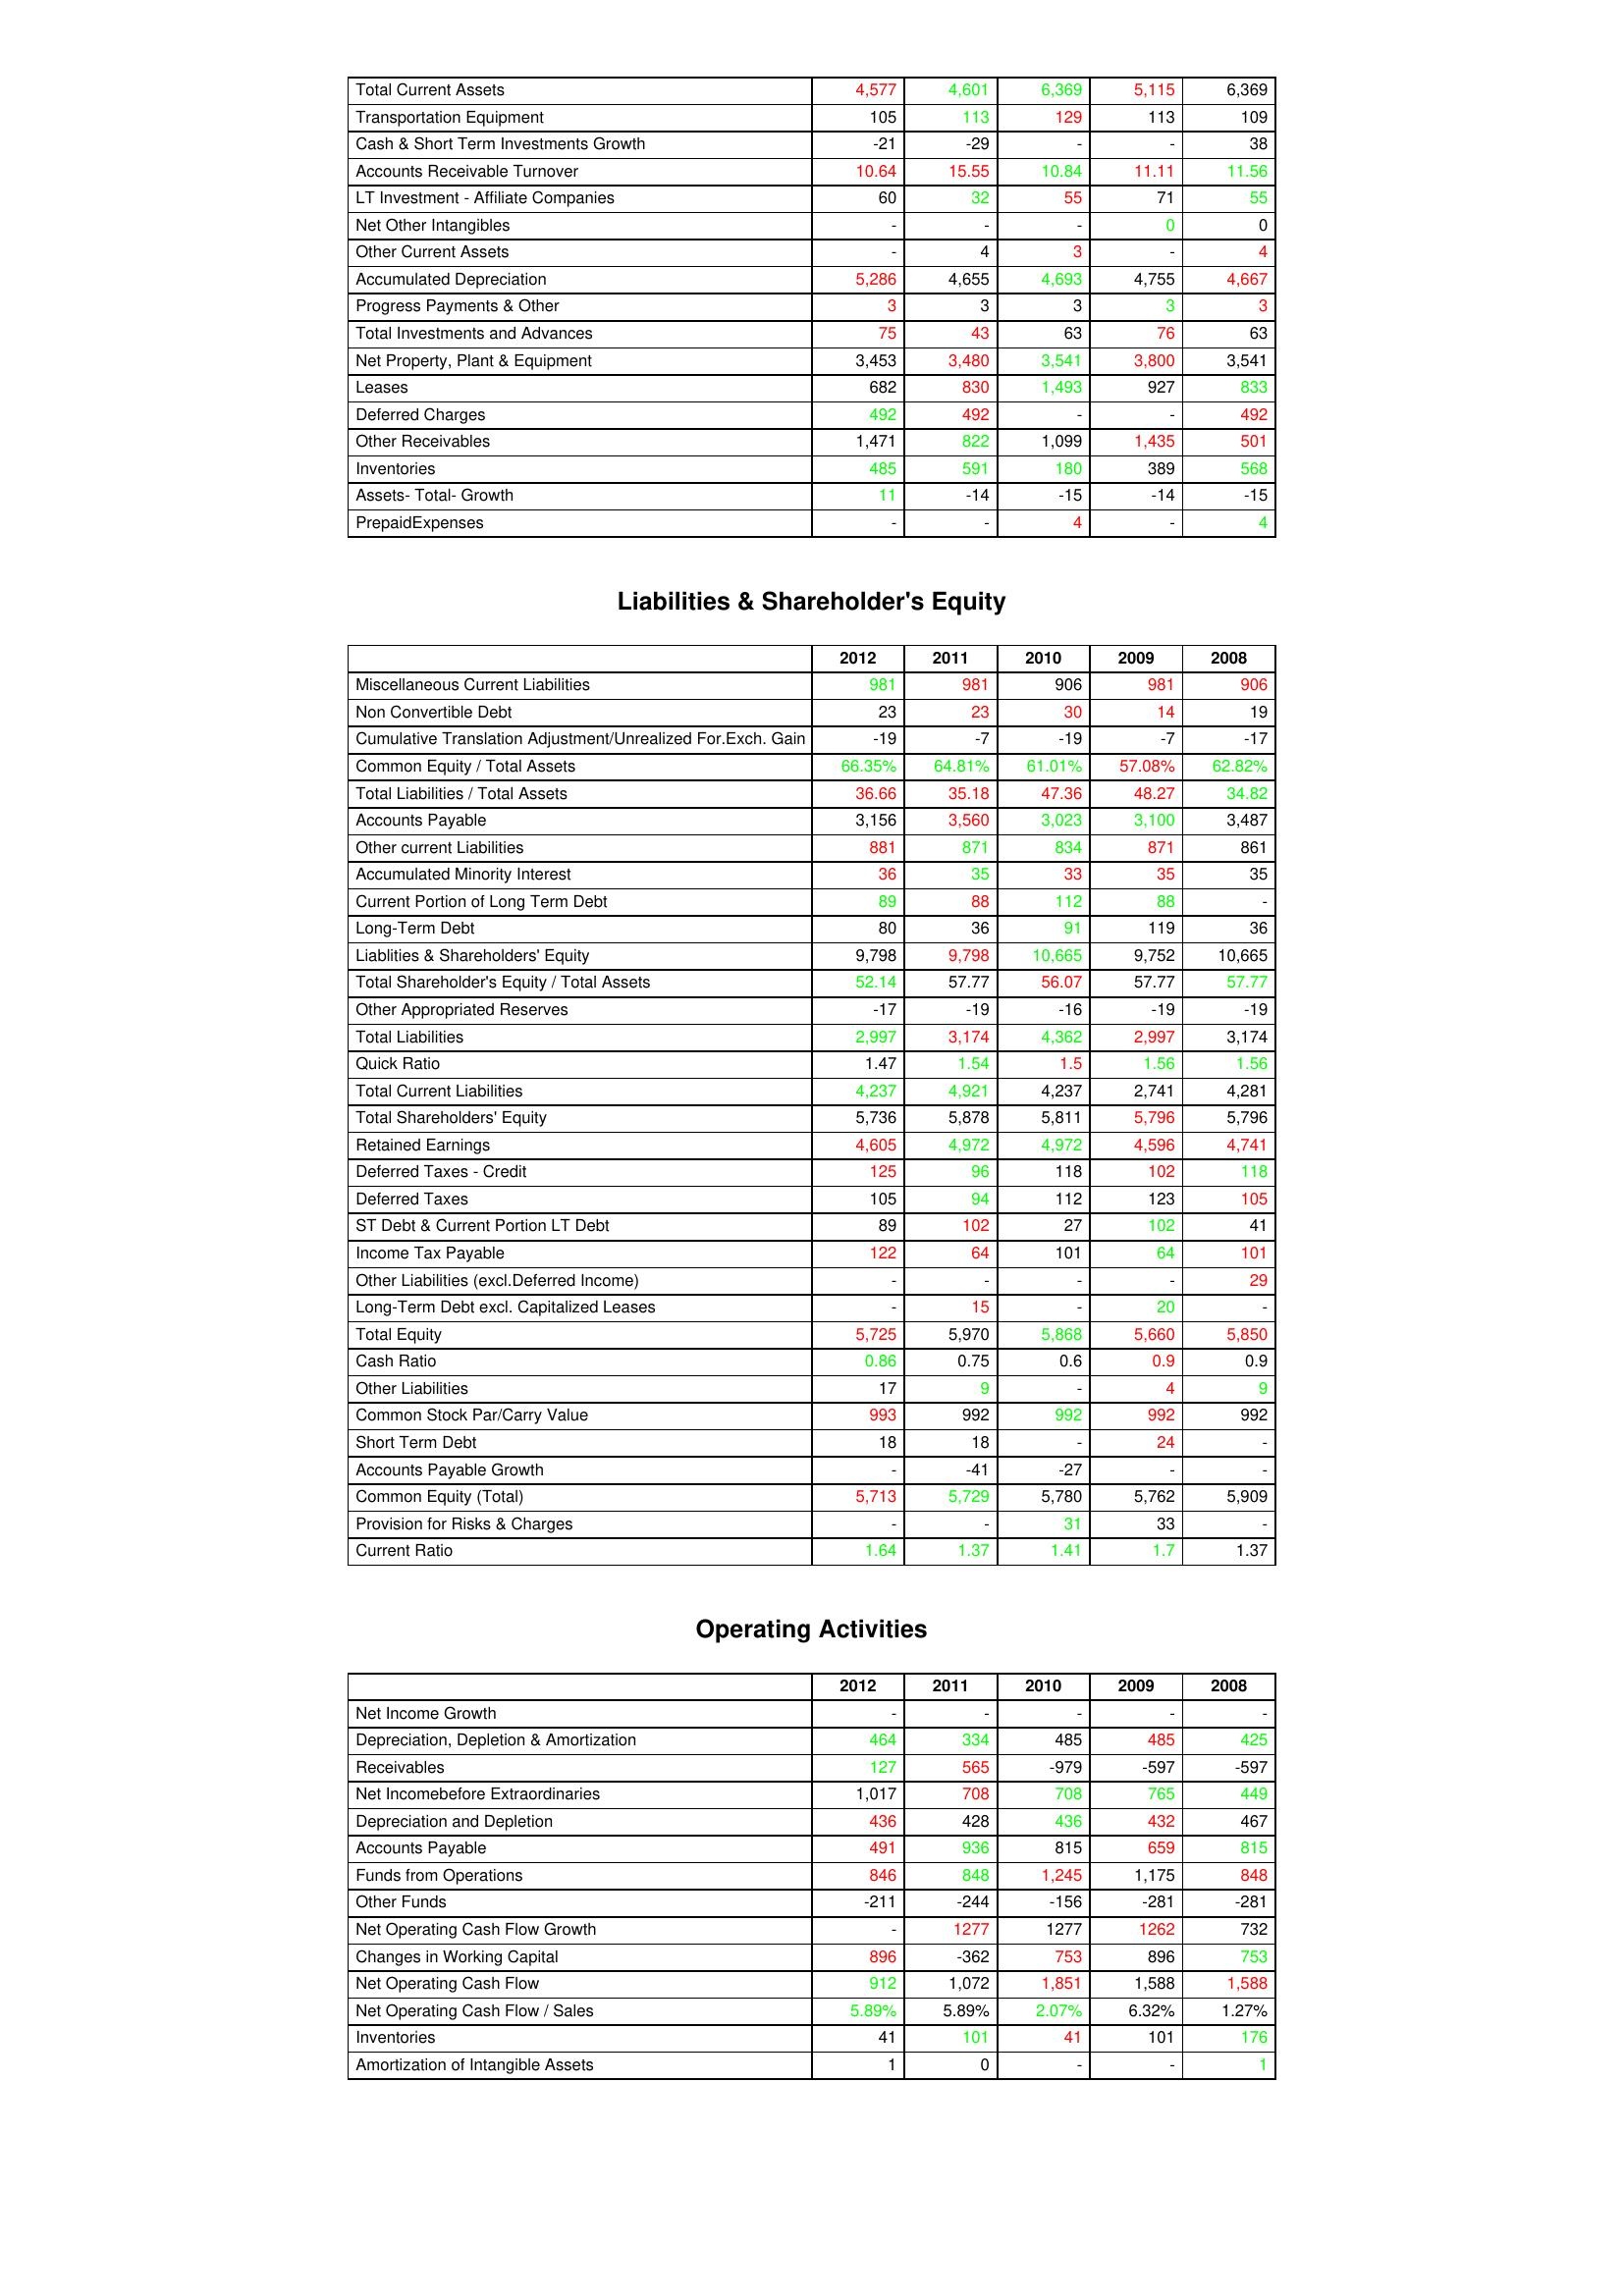
gt_parse: 2012: Assets: Total Current Assets: 4,577
Transportation Equipment: 105
Cash & Short Term Investments Growth: -21
Accounts Receivable Turnover: 10.64
LT Investment - Affiliate Companies: 60
Net Other Intangibles: -
Other Current Assets: -
Accumulated Depreciation: 5,286
Progress Payments & Other: 3
Total Investments and Advances: 75
Net Property, Plant & Equipment: 3,453
Leases: 682
Deferred Charges: 492
Other Receivables: 1,471
Inventories: 485
Assets- Total- Growth: 11
PrepaidExpenses: -
Liabilities & Shareholder's Equity: Miscellaneous Current Liabilities: 981
Non Convertible Debt: 23
Cumulative Translation Adjustment/Unrealized For.Exch. Gain: -19
Common Equity / Total Assets: 66.35%
Total Liabilities / Total Assets: 36.66
Accounts Payable: 3,156
Other current Liabilities: 881
Accumulated Minority Interest: 36
Current Portion of Long Term Debt: 89
Long-Term Debt: 80
Liablities & Shareholders' Equity: 9,798
Total Shareholder's Equity / Total Assets: 52.14
Other Appropriated Reserves: -17
Total Liabilities: 2,997
Quick Ratio: 1.47
Total Current Liabilities: 4,237
Total Shareholders' Equity: 5,736
Retained Earnings: 4,605
Deferred Taxes - Credit: 125
Deferred Taxes: 105
ST Debt & Current Portion LT Debt: 89
Income Tax Payable: 122
Other Liabilities (excl.Deferred Income): -
Long-Term Debt excl. Capitalized Leases: -
Total Equity: 5,725
Cash Ratio: 0.86
Other Liabilities: 17
Common Stock Par/Carry Value: 993
Short Term Debt: 18
Accounts Payable Growth: -
Common Equity (Total): 5,713
Provision for Risks & Charges: -
Current Ratio: 1.64
Operating Activities: Net Income Growth: -
Depreciation, Depletion & Amortization: 464
Receivables: 127
Net Incomebefore Extraordinaries: 1,017
Depreciation and Depletion: 436
Accounts Payable: 491
Funds from Operations: 846
Other Funds: -211
Net Operating Cash Flow Growth: -
Changes in Working Capital: 896
Net Operating Cash Flow: 912
Net Operating Cash Flow / Sales: 5.89%
Inventories: 41
Amortization of Intangible Assets: 1
2011: Assets: Total Current Assets: 4,601
Transportation Equipment: 113
Cash & Short Term Investments Growth: -29
Accounts Receivable Turnover: 15.55
LT Investment - Affiliate Companies: 32
Net Other Intangibles: -
Other Current Assets: 4
Accumulated Depreciation: 4,655
Progress Payments & Other: 3
Total Investments and Advances: 43
Net Property, Plant & Equipment: 3,480
Leases: 830
Deferred Charges: 492
Other Receivables: 822
Inventories: 591
Assets- Total- Growth: -14
PrepaidExpenses: -
Liabilities & Shareholder's Equity: Miscellaneous Current Liabilities: 981
Non Convertible Debt: 23
Cumulative Translation Adjustment/Unrealized For.Exch. Gain: -7
Common Equity / Total Assets: 64.81%
Total Liabilities / Total Assets: 35.18
Accounts Payable: 3,560
Other current Liabilities: 871
Accumulated Minority Interest: 35
Current Portion of Long Term Debt: 88
Long-Term Debt: 36
Liablities & Shareholders' Equity: 9,798
Total Shareholder's Equity / Total Assets: 57.77
Other Appropriated Reserves: -19
Total Liabilities: 3,174
Quick Ratio: 1.54
Total Current Liabilities: 4,921
Total Shareholders' Equity: 5,878
Retained Earnings: 4,972
Deferred Taxes - Credit: 96
Deferred Taxes: 94
ST Debt & Current Portion LT Debt: 102
Income Tax Payable: 64
Other Liabilities (excl.Deferred Income): -
Long-Term Debt excl. Capitalized Leases: 15
Total Equity: 5,970
Cash Ratio: 0.75
Other Liabilities: 9
Common Stock Par/Carry Value: 992
Short Term Debt: 18
Accounts Payable Growth: -41
Common Equity (Total): 5,729
Provision for Risks & Charges: -
Current Ratio: 1.37
Operating Activities: Net Income Growth: -
Depreciation, Depletion & Amortization: 334
Receivables: 565
Net Incomebefore Extraordinaries: 708
Depreciation and Depletion: 428
Accounts Payable: 936
Funds from Operations: 848
Other Funds: -244
Net Operating Cash Flow Growth: 1277
Changes in Working Capital: -362
Net Operating Cash Flow: 1,072
Net Operating Cash Flow / Sales: 5.89%
Inventories: 101
Amortization of Intangible Assets: 0
2010: Assets: Total Current Assets: 6,369
Transportation Equipment: 129
Cash & Short Term Investments Growth: -
Accounts Receivable Turnover: 10.84
LT Investment - Affiliate Companies: 55
Net Other Intangibles: -
Other Current Assets: 3
Accumulated Depreciation: 4,693
Progress Payments & Other: 3
Total Investments and Advances: 63
Net Property, Plant & Equipment: 3,541
Leases: 1,493
Deferred Charges: -
Other Receivables: 1,099
Inventories: 180
Assets- Total- Growth: -15
PrepaidExpenses: 4
Liabilities & Shareholder's Equity: Miscellaneous Current Liabilities: 906
Non Convertible Debt: 30
Cumulative Translation Adjustment/Unrealized For.Exch. Gain: -19
Common Equity / Total Assets: 61.01%
Total Liabilities / Total Assets: 47.36
Accounts Payable: 3,023
Other current Liabilities: 834
Accumulated Minority Interest: 33
Current Portion of Long Term Debt: 112
Long-Term Debt: 91
Liablities & Shareholders' Equity: 10,665
Total Shareholder's Equity / Total Assets: 56.07
Other Appropriated Reserves: -16
Total Liabilities: 4,362
Quick Ratio: 1.5
Total Current Liabilities: 4,237
Total Shareholders' Equity: 5,811
Retained Earnings: 4,972
Deferred Taxes - Credit: 118
Deferred Taxes: 112
ST Debt & Current Portion LT Debt: 27
Income Tax Payable: 101
Other Liabilities (excl.Deferred Income): -
Long-Term Debt excl. Capitalized Leases: -
Total Equity: 5,868
Cash Ratio: 0.6
Other Liabilities: -
Common Stock Par/Carry Value: 992
Short Term Debt: -
Accounts Payable Growth: -27
Common Equity (Total): 5,780
Provision for Risks & Charges: 31
Current Ratio: 1.41
Operating Activities: Net Income Growth: -
Depreciation, Depletion & Amortization: 485
Receivables: -979
Net Incomebefore Extraordinaries: 708
Depreciation and Depletion: 436
Accounts Payable: 815
Funds from Operations: 1,245
Other Funds: -156
Net Operating Cash Flow Growth: 1277
Changes in Working Capital: 753
Net Operating Cash Flow: 1,851
Net Operating Cash Flow / Sales: 2.07%
Inventories: 41
Amortization of Intangible Assets: -
2009: Assets: Total Current Assets: 5,115
Transportation Equipment: 113
Cash & Short Term Investments Growth: -
Accounts Receivable Turnover: 11.11
LT Investment - Affiliate Companies: 71
Net Other Intangibles: 0
Other Current Assets: -
Accumulated Depreciation: 4,755
Progress Payments & Other: 3
Total Investments and Advances: 76
Net Property, Plant & Equipment: 3,800
Leases: 927
Deferred Charges: -
Other Receivables: 1,435
Inventories: 389
Assets- Total- Growth: -14
PrepaidExpenses: -
Liabilities & Shareholder's Equity: Miscellaneous Current Liabilities: 981
Non Convertible Debt: 14
Cumulative Translation Adjustment/Unrealized For.Exch. Gain: -7
Common Equity / Total Assets: 57.08%
Total Liabilities / Total Assets: 48.27
Accounts Payable: 3,100
Other current Liabilities: 871
Accumulated Minority Interest: 35
Current Portion of Long Term Debt: 88
Long-Term Debt: 119
Liablities & Shareholders' Equity: 9,752
Total Shareholder's Equity / Total Assets: 57.77
Other Appropriated Reserves: -19
Total Liabilities: 2,997
Quick Ratio: 1.56
Total Current Liabilities: 2,741
Total Shareholders' Equity: 5,796
Retained Earnings: 4,596
Deferred Taxes - Credit: 102
Deferred Taxes: 123
ST Debt & Current Portion LT Debt: 102
Income Tax Payable: 64
Other Liabilities (excl.Deferred Income): -
Long-Term Debt excl. Capitalized Leases: 20
Total Equity: 5,660
Cash Ratio: 0.9
Other Liabilities: 4
Common Stock Par/Carry Value: 992
Short Term Debt: 24
Accounts Payable Growth: -
Common Equity (Total): 5,762
Provision for Risks & Charges: 33
Current Ratio: 1.7
Operating Activities: Net Income Growth: -
Depreciation, Depletion & Amortization: 485
Receivables: -597
Net Incomebefore Extraordinaries: 765
Depreciation and Depletion: 432
Accounts Payable: 659
Funds from Operations: 1,175
Other Funds: -281
Net Operating Cash Flow Growth: 1262
Changes in Working Capital: 896
Net Operating Cash Flow: 1,588
Net Operating Cash Flow / Sales: 6.32%
Inventories: 101
Amortization of Intangible Assets: -
2008: Assets: Total Current Assets: 6,369
Transportation Equipment: 109
Cash & Short Term Investments Growth: 38
Accounts Receivable Turnover: 11.56
LT Investment - Affiliate Companies: 55
Net Other Intangibles: 0
Other Current Assets: 4
Accumulated Depreciation: 4,667
Progress Payments & Other: 3
Total Investments and Advances: 63
Net Property, Plant & Equipment: 3,541
Leases: 833
Deferred Charges: 492
Other Receivables: 501
Inventories: 568
Assets- Total- Growth: -15
PrepaidExpenses: 4
Liabilities & Shareholder's Equity: Miscellaneous Current Liabilities: 906
Non Convertible Debt: 19
Cumulative Translation Adjustment/Unrealized For.Exch. Gain: -17
Common Equity / Total Assets: 62.82%
Total Liabilities / Total Assets: 34.82
Accounts Payable: 3,487
Other current Liabilities: 861
Accumulated Minority Interest: 35
Current Portion of Long Term Debt: -
Long-Term Debt: 36
Liablities & Shareholders' Equity: 10,665
Total Shareholder's Equity / Total Assets: 57.77
Other Appropriated Reserves: -19
Total Liabilities: 3,174
Quick Ratio: 1.56
Total Current Liabilities: 4,281
Total Shareholders' Equity: 5,796
Retained Earnings: 4,741
Deferred Taxes - Credit: 118
Deferred Taxes: 105
ST Debt & Current Portion LT Debt: 41
Income Tax Payable: 101
Other Liabilities (excl.Deferred Income): 29
Long-Term Debt excl. Capitalized Leases: -
Total Equity: 5,850
Cash Ratio: 0.9
Other Liabilities: 9
Common Stock Par/Carry Value: 992
Short Term Debt: -
Accounts Payable Growth: -
Common Equity (Total): 5,909
Provision for Risks & Charges: -
Current Ratio: 1.37
Operating Activities: Net Income Growth: -
Depreciation, Depletion & Amortization: 425
Receivables: -597
Net Incomebefore Extraordinaries: 449
Depreciation and Depletion: 467
Accounts Payable: 815
Funds from Operations: 848
Other Funds: -281
Net Operating Cash Flow Growth: 732
Changes in Working Capital: 753
Net Operating Cash Flow: 1,588
Net Operating Cash Flow / Sales: 1.27%
Inventories: 176
Amortization of Intangible Assets: 1